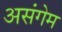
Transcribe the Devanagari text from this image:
असंगेम